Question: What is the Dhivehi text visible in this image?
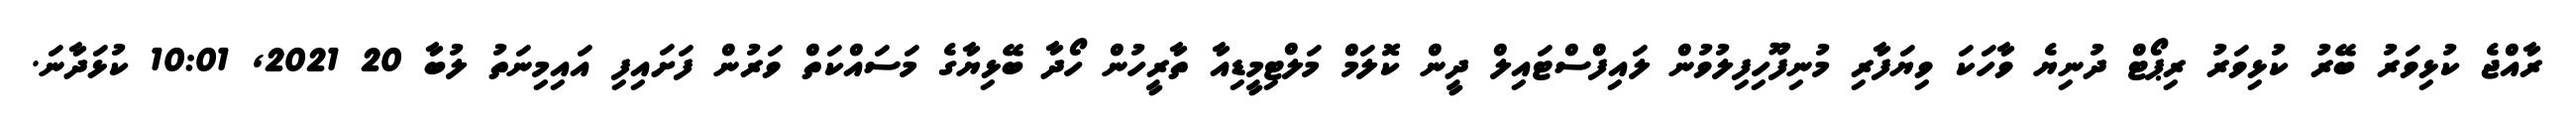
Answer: ރާއްޖެ ކުޅިވަރު ބޭރު ކުޅިވަރު ރިޕޯޓް ދުނިޔެ ވާހަކަ ވިޔަފާރި މުނިފޫހިފިލުވުން ލައިފްސްޓައިލް ދީން ކޮލަމް މަލްޓިމީޑިއާ ތާރީހުން ހޯދާ ބޭޅިޔާގެ މަސައްކަތް ވަރުން ފަށައިފި އައިމިނަތު ލުބާ 20 2021, 10:01 ކުޅަދާނަ.